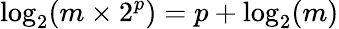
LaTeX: \log_{2}(m\times 2^{p})=p+\log_{2}(m)